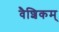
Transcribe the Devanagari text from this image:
वैशिकम्